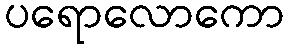
ပရောလောကော